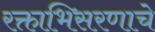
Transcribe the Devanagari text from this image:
रक्ताभिसरणाचे